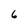
Character: 6